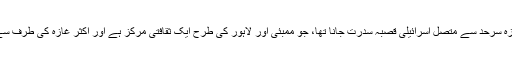
دورہ کے اگلے دن ہمیں تل ابیب سے غازہ سرحد سے متصل اسرائیلی قصبہ سدرت جانا تھا، جو ممبئی اور لاہور کی طرح ایک ثقافتی مرکز ہے اور اکثر غازہ کی طرف سے داغے گئے راکٹوں کی زد میں آتا ہے۔